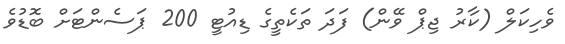
ވެހިކަލް (ކާރު ޖިޕް ވޭން) ފަދަ ތަކެތީގެ ޑިއުޓީ 200 ޕަސެންޓަށް ބޮޑުވެ